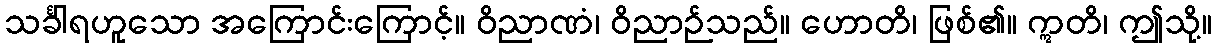
သင်္ခါရဟူသော အကြောင်းကြောင့်။ ဝိညာဏံ၊ ဝိညာဉ်သည်။ ဟောတိ၊ ဖြစ်၏။ ဣတိ၊ ဤသို့။